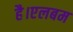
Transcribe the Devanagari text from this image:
है।एलबम